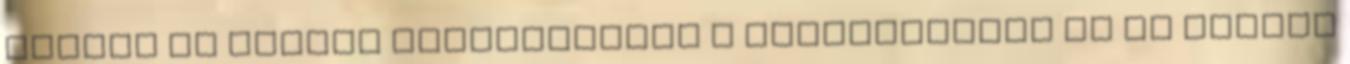
Mindig az alapok megtervezése a legfontosabb Ha az alapok